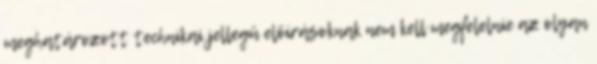
meghatározott technikai jellegû elõírásoknak nem kell megfelelnie az olyan